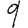
Digit: 9